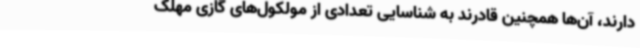
دارند، آن‌ها همچنین قادرند به شناسایی تعدادی از مولکول‌های گازی مهلک